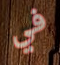
في